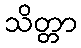
သိတ္တာ